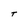
Character: T